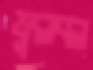
ফুলবল